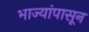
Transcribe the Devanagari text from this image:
भाज्यांपासून